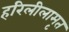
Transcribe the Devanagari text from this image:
हरिलीलामृत